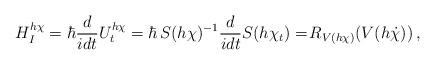
LaTeX: \begin{align*}H_{I}^{h\chi}=\hbar\frac{d}{idt}U_t^{h\chi}=\hbar\, S(h\chi)^{-1}\frac{d}{idt}S(h\chi_t)=\!R_{V(h\chi)}(V(h\dot{\chi}))\,,\end{align*}